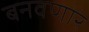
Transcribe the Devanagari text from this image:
बनवणार